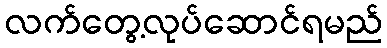
လက်တွေ့လုပ်ဆောင်ရမည်